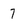
Character: 7